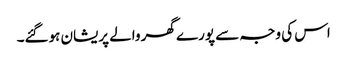
اس کی وجہ سے پورے گھر والے پریشان ہوگئے۔